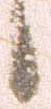
候